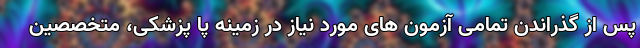
پس از گذراندن تمامی آزمون های مورد نیاز در زمینه پا پزشکی، متخصصین